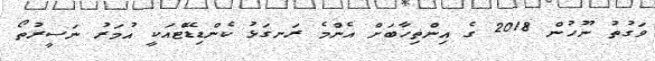
ވަގުތު ނޫހުން 2018 ގެ އިންތިހާބަށް އެންމެ ރަނގަޅު ކެންޑިޑޭޓްއަކީ އުމަރު ނަސީރުތޯ